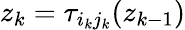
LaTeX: z_{k}=\tau_{i_{k}j_{k}}(z_{k-1})